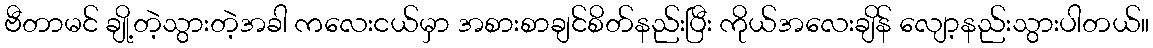
ဗီတာမင် ချို့တဲ့သွားတဲ့အခါ ကလေးငယ်မှာ အစားစာချင်စိတ်နည်းပြီး ကိုယ်အလေးချိန် လျော့နည်းသွားပါတယ်။